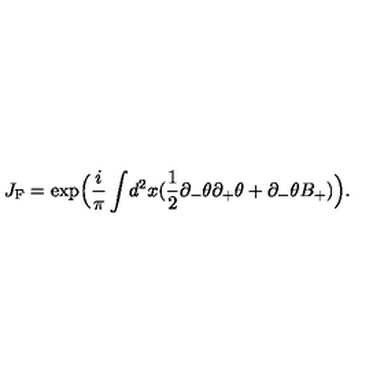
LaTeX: J _ { \mathrm { { F } } } = \exp \Bigl ( \frac { i } { \pi } \int \! d ^ { 2 } x ( \frac { 1 } { 2 } \partial _ { - } \theta \partial _ { + } \theta + \partial _ { - } \theta B _ { + } ) \Bigr ) .